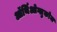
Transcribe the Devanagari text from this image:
ऑर्थिओग्लुकोज